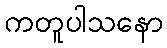
ကတူပါသနော